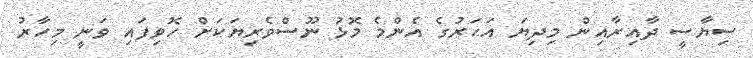
ސިޔާސީ ދާއިރާއިން މިދިޔަ އަހަރުގެ އެންމެ މޮޅު ނޫސްވެރިޔަކަށް ހޮވިފައި ވަނީ މިހާރު